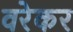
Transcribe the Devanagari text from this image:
वरेकर